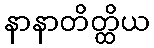
နာနာတိတ္ထိယ